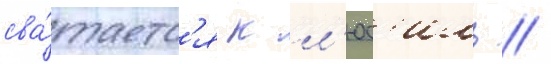
сва́таетс'я к л'юс'иль //